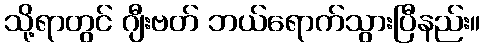
သို့ရာတွင် ဂျီးဗတ် ဘယ်ရောက်သွားပြီနည်း။